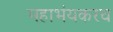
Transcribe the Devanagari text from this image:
महाभंयकरच